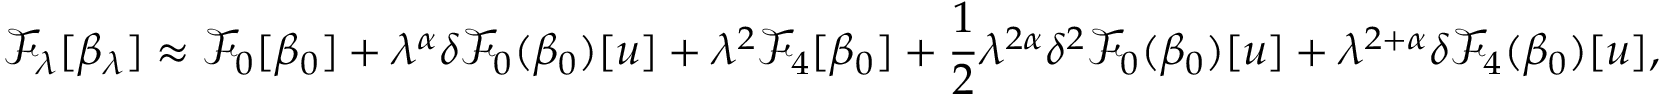
\mathcal { F } _ { \lambda } [ \beta _ { \lambda } ] \approx \mathcal { F } _ { 0 } [ \beta _ { 0 } ] + \lambda ^ { \alpha } \delta \mathcal { F } _ { 0 } ( \beta _ { 0 } ) [ u ] + \lambda ^ { 2 } \mathcal { F } _ { 4 } [ \beta _ { 0 } ] + \frac 1 2 \lambda ^ { 2 \alpha } \delta ^ { 2 } \mathcal { F } _ { 0 } ( \beta _ { 0 } ) [ u ] + \lambda ^ { 2 + \alpha } \delta \mathcal { F } _ { 4 } ( \beta _ { 0 } ) [ u ] ,